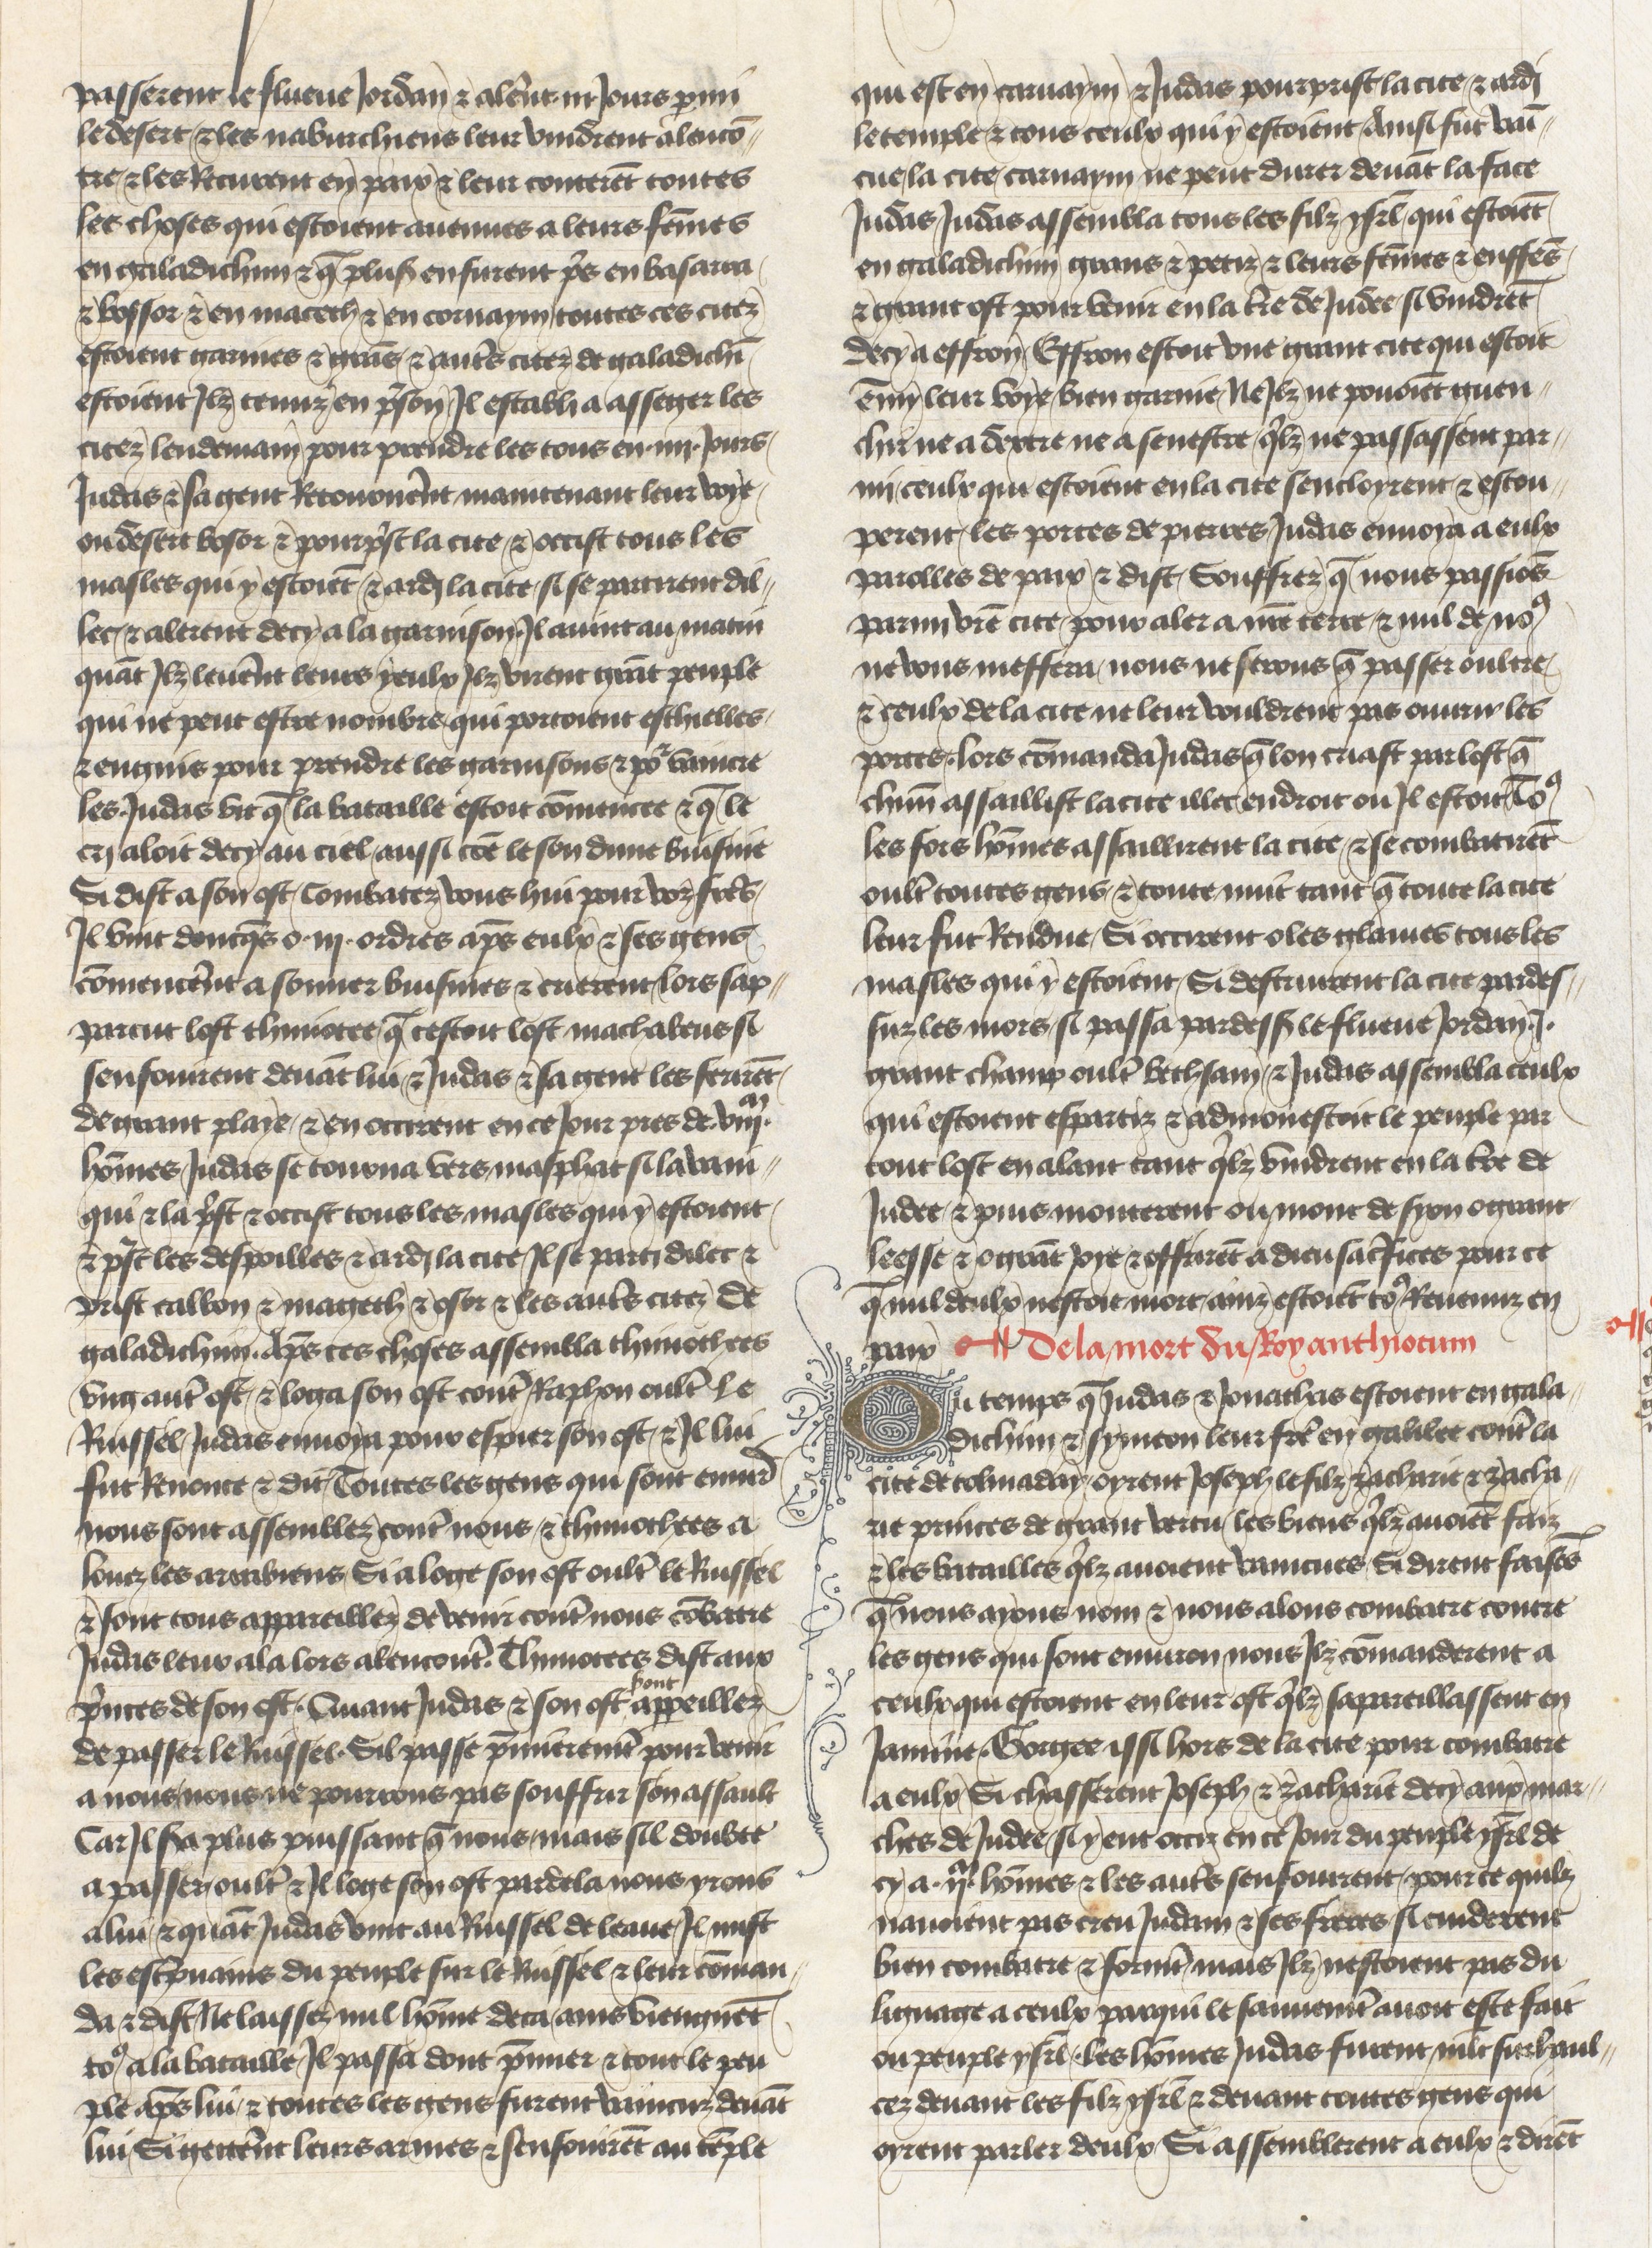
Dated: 1400–1450